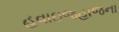
હવાઇજહાજના